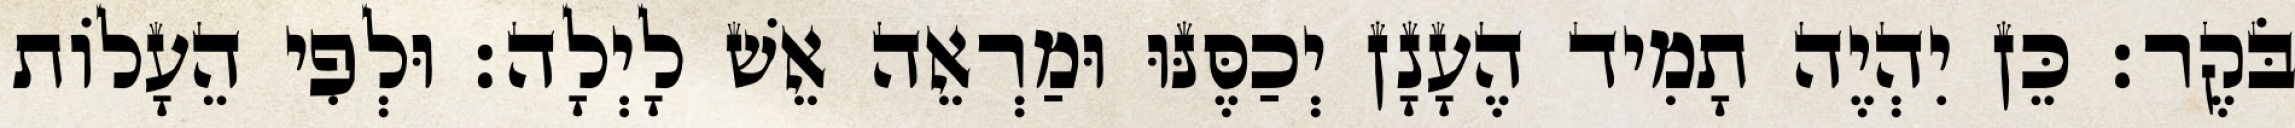
בֹּקֶר׃ כֵּן יִהְיֶה תָמִיד הֶעָנָן יְכַסֶּנּוּ וּמַרְאֵה אֵשׁ לָיְלָה׃ וּלְפִי הֵעָלוֹת